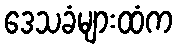
ဒေသခံများထံက